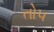
તો૫